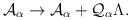
LaTeX: \begin{align*}\mathcal{A}_{\alpha }\rightarrow \mathcal{A}_{\alpha }+\mathcal{Q}_{\alpha}\Lambda . \end{align*}